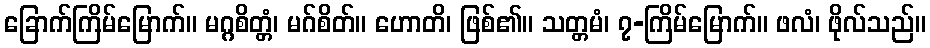
ခြောက်ကြိမ်မြောက်။ မဂ္ဂစိတ္တံ၊ မဂ်စိတ်။ ဟောတိ၊ ဖြစ်၏။ သတ္တမံ၊ ၇-ကြိမ်မြောက်။ ဖလံ၊ ဖိုလ်သည်။